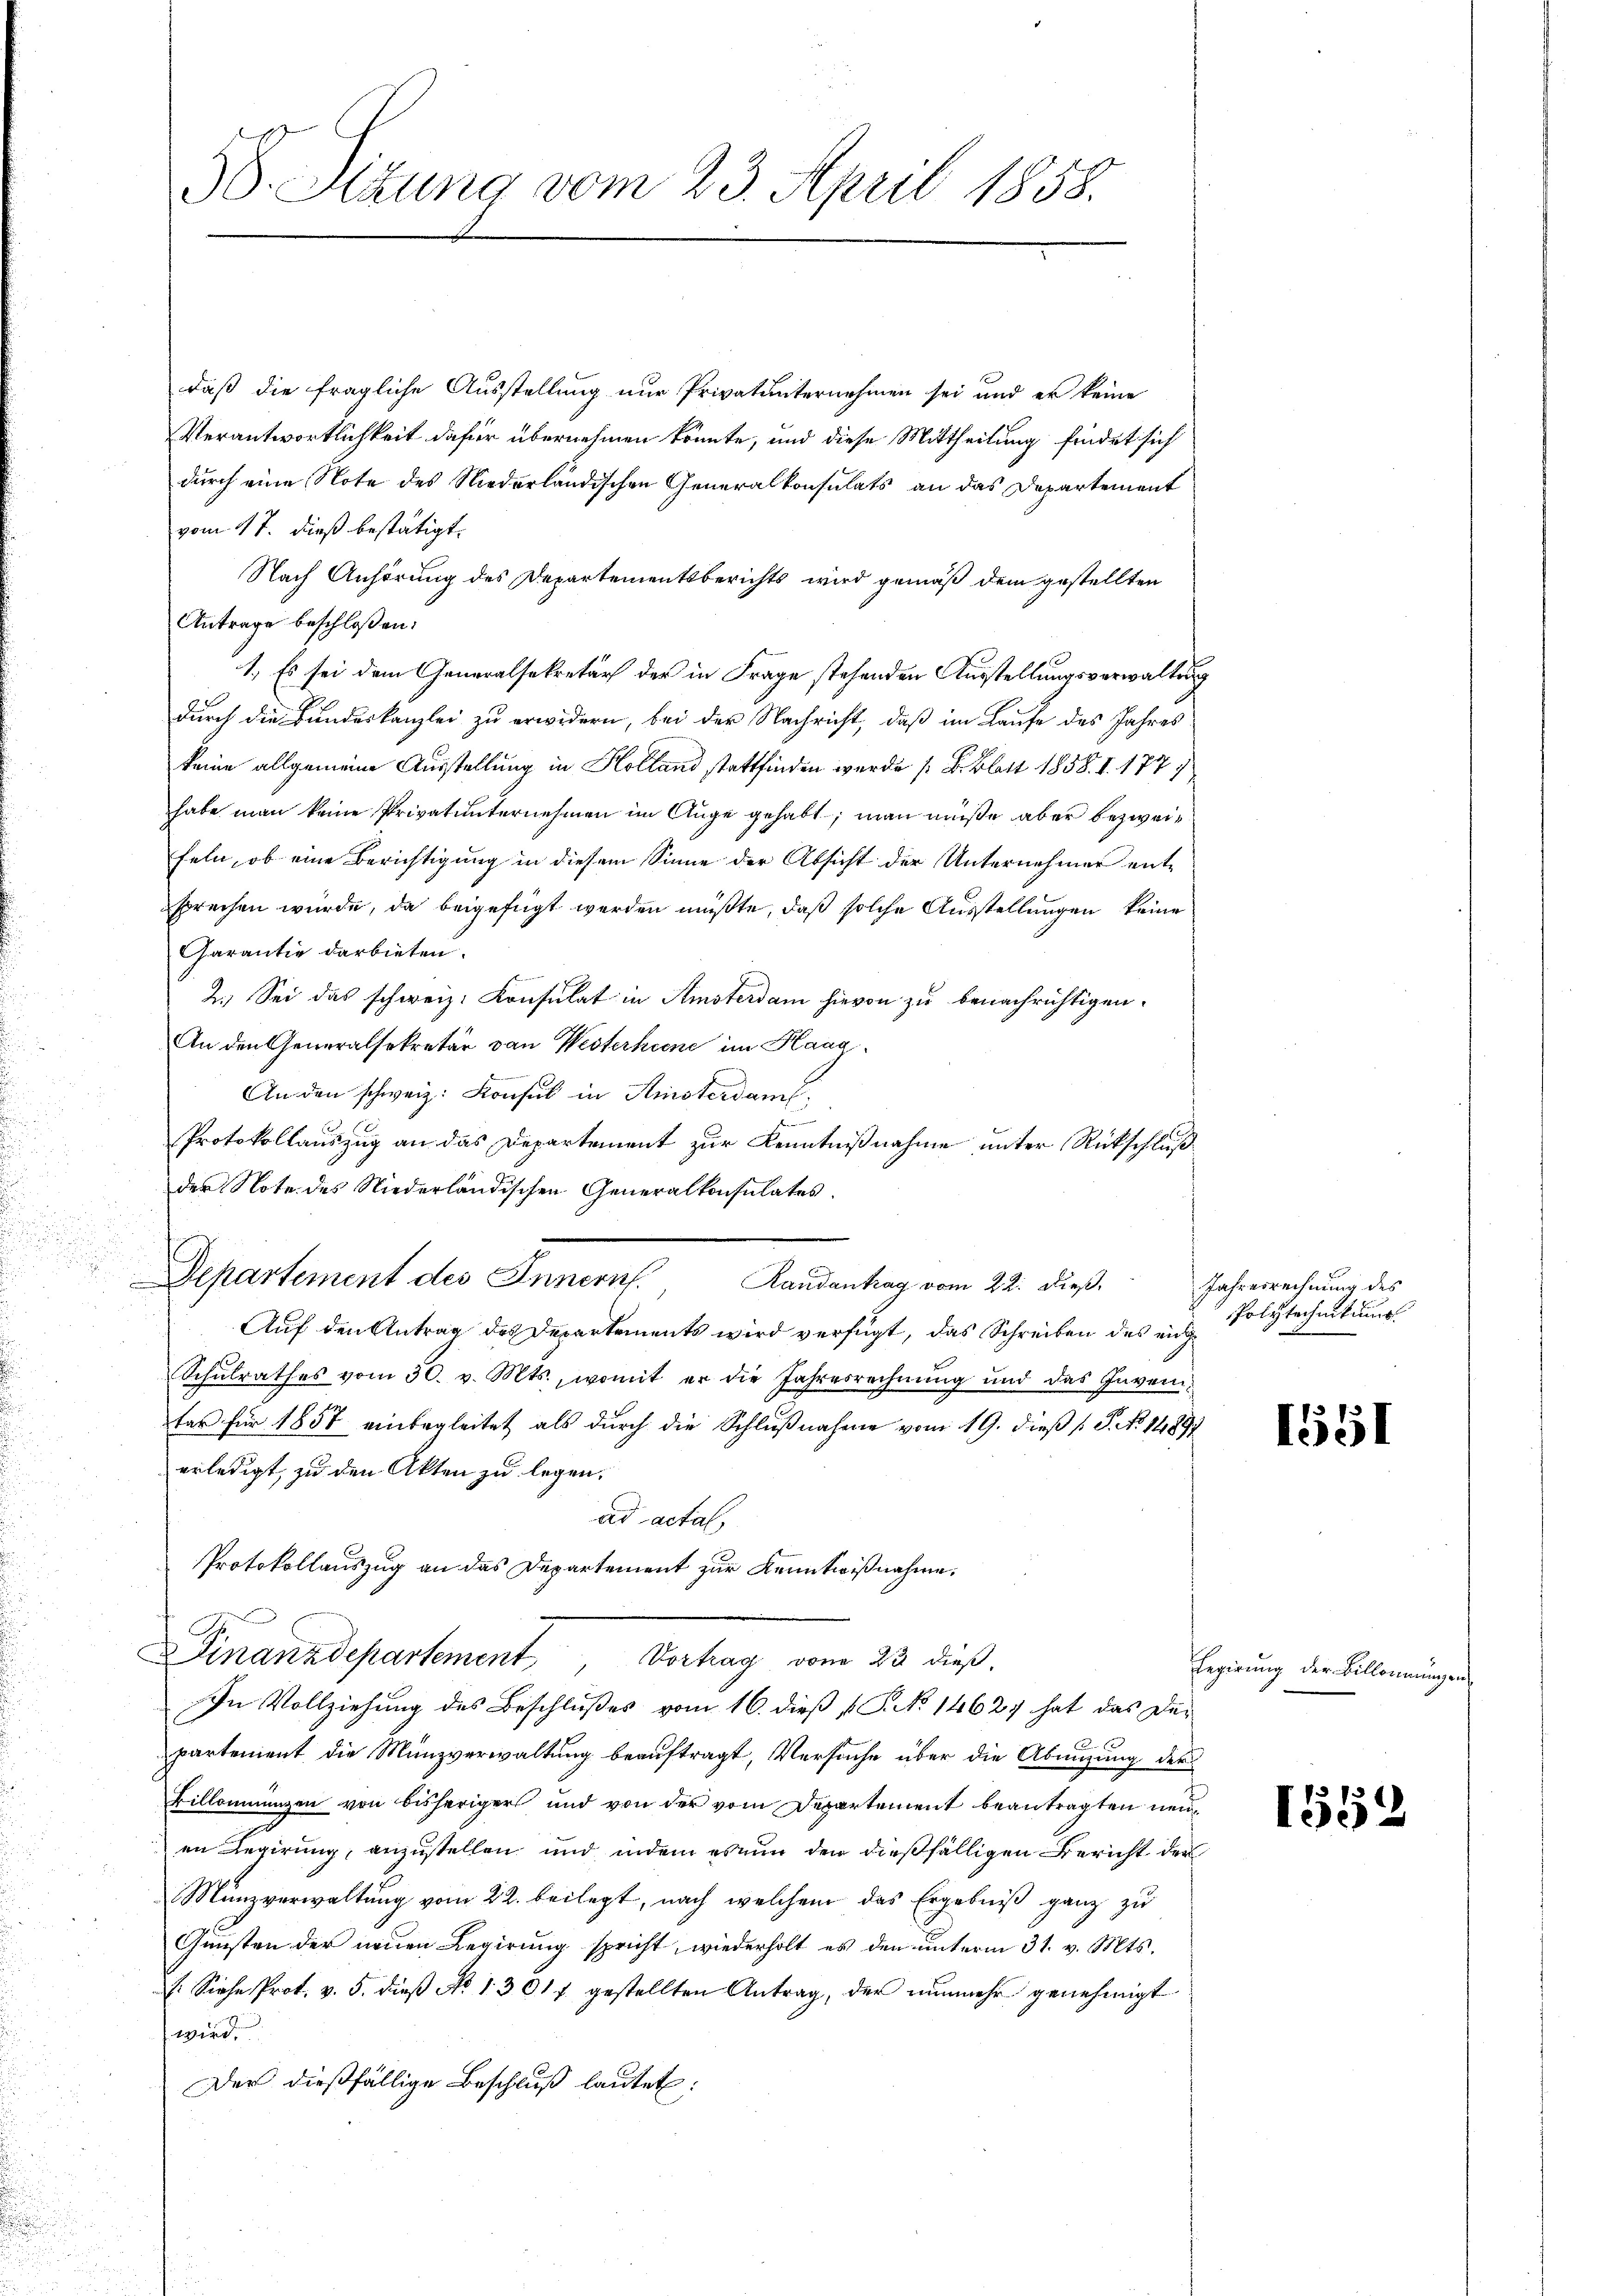
58. Sitzung vom 23. April 1858.

daß die fragliche Ausstellung nur Privatunternehmen sei und er keine
Verantwortlichkeit dafür übernehmen könnte, und diese Mittheilung findet sich
durch eine Note des Niederländischen Generalkonsulats an das Departement
vom 17. dieß bestätigt.
Nach Anhörung des Departementsberichts wird gemäß dem gestellten
Antrage beschloßen:
1.) Es sei dem Generalsekretär der in Frage stehenden Ausstellungsverwaltung
durch die Bundeskanzlei zu erwidern, bei der Nachricht, daß im Laufe des Jahres
keine allgemeine Ausstellung in Holland stattfinden wurde [B. Blatt 1858. 1. 177
habe man keine Privatunternehmen im Auge gehabt; man müße aber bezweifeln, ob eine Berichtigung in diesem Sinne der Absicht der Unternehmer entsprechen wurde, da beigefügt werden müßte, daß solche Ausstellungen keine
Garantie darbieten.
2.) Sei das schweiz. Konsulat in Amsterdam hievon zu benachrichtigen.
An den Generalsekretär von Westerhiene im Haag¬
An den schweiz. Konsul in Amsterdam,
Protokollauszug an das Departement zur Kenntnißnahme unter Rückschlußder Note des Niederländischen Generalkonsulates
Departement des Innern.
Randantrag vom 22. dieß.
Auf den Antrag des Departements wird verfügt, das Schreiben des eige
Schŭlrathes vom 30. v. Mts., womit er die Jahresrechnŭng und das Inven-
tar für 1857 einbegleitet als durch die Schlußnahme vom 19. dieß P. No 11891
erledigt, zu den Akten zu legen.
ad actal
Protokollauszug an das Departement zur Kenntwißnahme.
Finanzdepartement,
Vortrag von 23 dieß,
In Vollziehung des Beschlußes vom 16. dieß p. C. No 14627 hat das Departement die Münzverwaltung beauftragt, Versuche über die Abnigung der
Billonienzen von bisheriger und von der vom Departement beantragten neuen Regierung, anzustellen und indem es nun den dießfälligen Bericht der
Münzverwaltung vom 22. beilegt, nach welchem das Ergebniß ganz zu
Gunsten der neuen Regierung spricht, wiederholt es den unterm 31. v. Mts.
. Siehe Prot. v. 5. dieβ No 1301 f. gestellten Antrag, der nŭnmehr genehmigt
wird.
Der dießfällige Beschluß lautet:

Jahresrechnung des
Polytechnikums

1551

Regierung der Billonnungen

1559